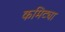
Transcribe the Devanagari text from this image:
कमिट्या